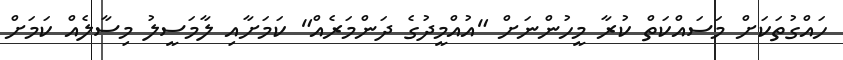
ހައްގުތަކަށް މަސައްކަތް ކުރާ މީހުންނަށް "އުއްމީދުގެ ދަންމަރެއް" ކަމަށާއި ލާމަސީލު މިސާލެއް ކަމަށް